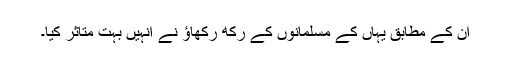
ان کے مطابق یہاں کے مسلمانوں کے رکھ رکھاؤ نے انہیں بہت متاثر کیا۔